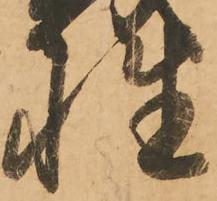
性